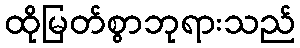
ထိုမြတ်စွာဘုရားသည်